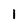
Character: 1